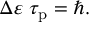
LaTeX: \Delta \varepsilon \; \tau _ { \mathrm { p } } = \hbar .